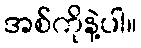
အစ်ကိုနဲ့ပါ။